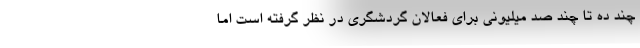
چند ده تا چند صد میلیونی برای فعالان گردشگری در نظر گرفته است اما